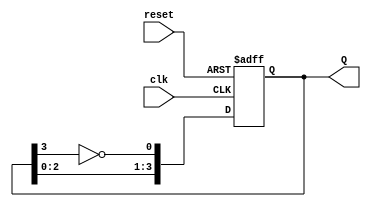
module johnson_counter (
    input wire clk,       // Clock input
    input wire reset,     // Asynchronous reset
    output reg [3:0] Q    // 4-bit counter output
);

// Always block triggered on the rising edge of the clock or when reset is activated
always @(posedge clk or posedge reset) begin
    if (reset) begin
        Q <= 4'b0000;    // Reset the counter to 0000
    end else begin
        Q[0] <= ~Q[3];   // D0 gets the inverted output of Q3
        Q[1] <= Q[0];    // D1 follows D0
        Q[2] <= Q[1];    // D2 follows D1
        Q[3] <= Q[2];    // D3 follows D2
    end
end

endmodule